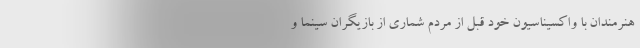
هنرمندان با واکسیناسیون خود قبل از مردم شماری از بازیگران سینما و